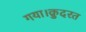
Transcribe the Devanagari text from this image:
गया।क़ुदरत